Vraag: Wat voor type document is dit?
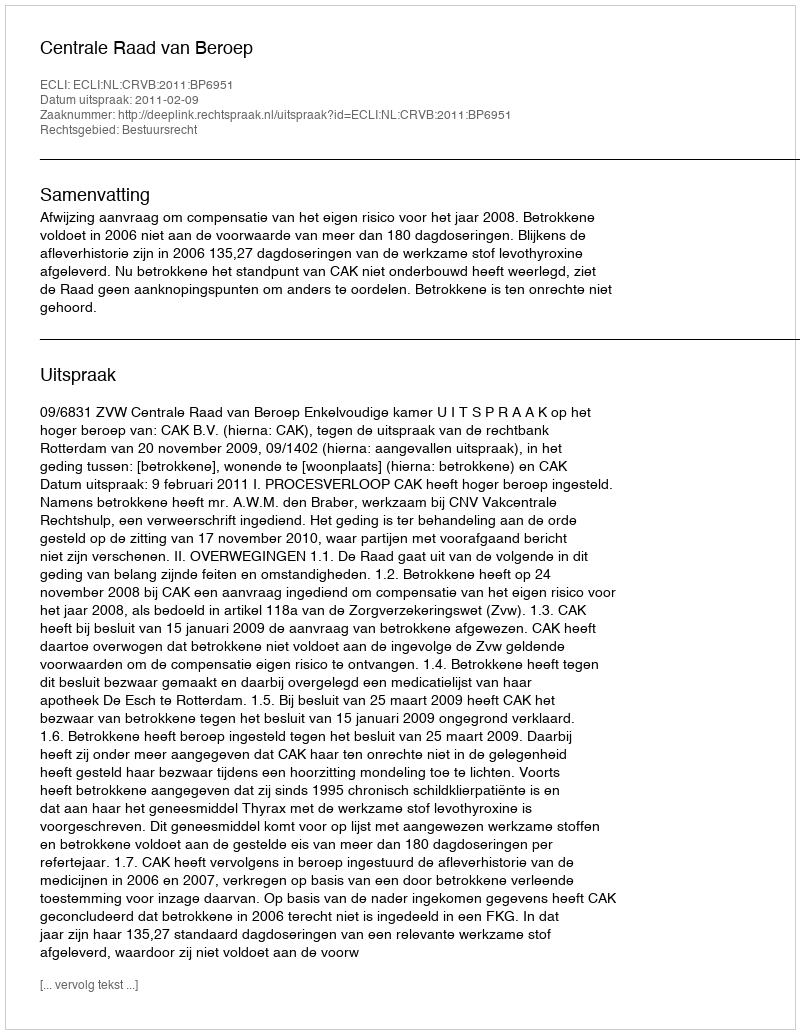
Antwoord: Uitspraak